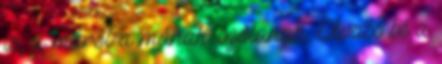
is, a máról a mának szólanak. Olvass bé a